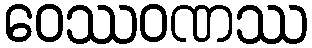
ဝေဿဝဏဿ